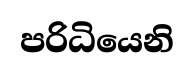
පරිධියෙනි